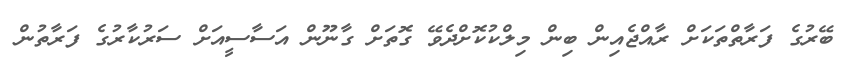
ބޭރުގެ ފަރާތްތަކަށް ރާއްޖެއިން ބިން މިލްކުކޮށްދެވޭ ގޮތަށް ގާނޫން އަސާސީއަށް ސަރުކާރުގެ ފަރާތުން